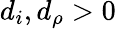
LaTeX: d_{i},d_{\rho}>0